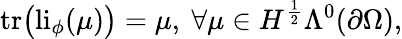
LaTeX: \mathrm{tr}\big(\mathrm{li}_{\phi}(\mu)\big)=\mu,\ \forall\mu\in H^{\frac{1}{2}}\Lambda^{0}(\partial\Omega),